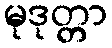
မုဒုတ္တာ